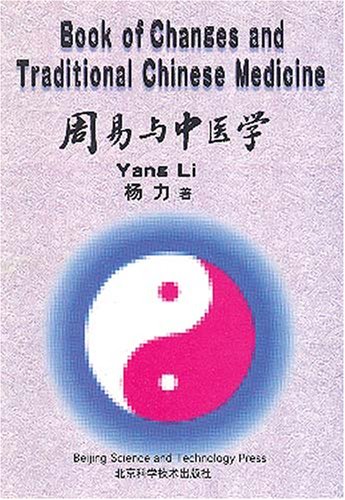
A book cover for Book of Changes and Traditional Chinese Medicine; Yang Li; Religion & Spirituality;